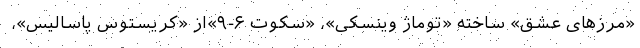
«مرزهای عشق» ساخته «توماژ وینسکی»، «سکوت ۶-۹»از «کریستوس پاسالیس»،